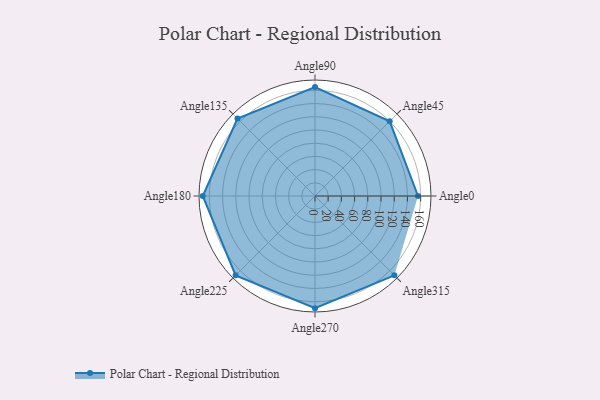
{"axis": {"x": "Angle", "y": "Radius"}, "legend": [""], "data": [{"x": "Angle0", "y": 156.0, "type": ""}, {"x": "Angle45", "y": 160.0, "type": ""}, {"x": "Angle90", "y": 165.0, "type": ""}, {"x": "Angle135", "y": 166.0, "type": ""}, {"x": "Angle180", "y": 170, "type": ""}, {"x": "Angle225", "y": 170, "type": ""}, {"x": "Angle270", "y": 170, "type": ""}, {"x": "Angle315", "y": 170, "type": ""}]}